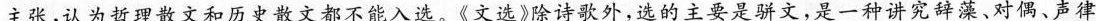
主张，认为哲理散文和历史散文都不能入选。《文选》除诗歌外，选的主要是骈文，是一种讲究辞藻、对偶、声律